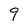
Character: 9